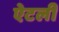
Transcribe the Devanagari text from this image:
ऐटली